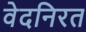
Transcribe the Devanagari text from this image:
वेदनिरत